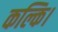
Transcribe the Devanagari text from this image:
कल्कि।